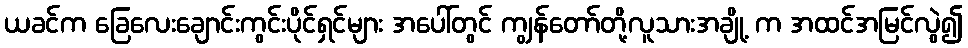
ယခင်က ခြေလေးချောင်းကွင်းပိုင်ရှင်များ အပေါ်တွင် ကျွန်တော်တို့လူသားအချို့ က အထင်အမြင်လွဲ၍